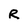
Character: R